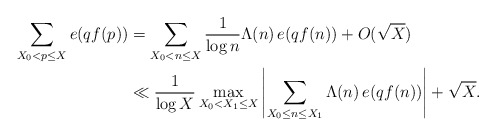
\begin{align*}\sum_{X_0 < p \leq X} e(qf(p)) &= \sum_{X_0 < n \leq X} \frac{1}{\log n} \Lambda(n) \, e(qf(n)) + O (\sqrt{X}) \\ &\ll \frac{1}{\log X} \max_{X_0 < X_1 \leq X} \left|\sum_{X_0 \leq n \leq X_1} \Lambda(n) \, e(qf(n)) \right| + \sqrt{X}.\end{align*}